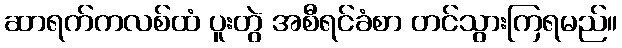
ဆာရက်ကလစ်ထံ ပူးတွဲ အစီရင်ခံစာ တင်သွားကြရမည်။